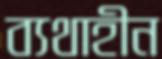
ব্যথাহীন